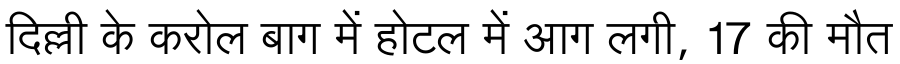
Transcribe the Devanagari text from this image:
दिल्ली के करोल बाग में होटल में आग लगी, 17 की मौत